Annual report of the Punjab Veterinary College and of the Civil Veterinary Department, Punjab - 1909-1919
Year: 1909
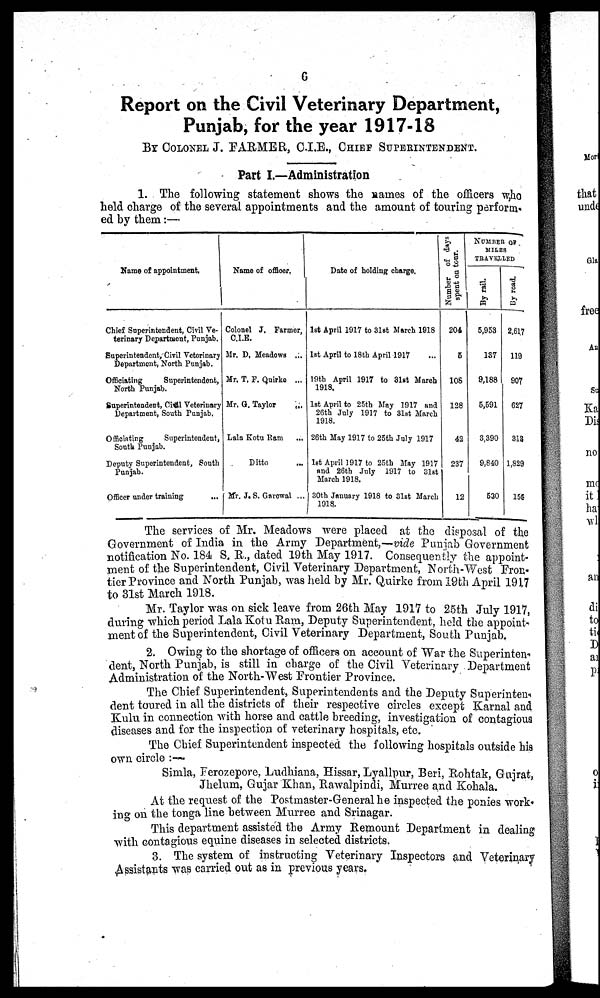
6
Report on the Civil Veterinary Department,
Punjab, for the year 1917-18
BY COLONEL J. FARMER, C.I.E., CHIEF SUPERINTENDENT.
Part I.—Administration
1. The following statement shows the names of the officers who
held charge of the several appointments and the amount of touring perform-
ed by them:—
Name of
appointment.
Chief Superintendent, Civil Ve-
terinary Department, Punjab.
Superintendent, Civil Veterinary
Department, North Punjab.
Officiating
Superintendent,
North Punjab.
Superintendent, Civil Veterinary
Department, South Punjab.
Officiating
Superintendent,
South Punjab.
Deputy Superintendent, South
Punjab.
Officer under training ...
Name of officer.
Colonel J. Farmer,
C.I.E.
Mr. D. Meadows ...
Mr. T. F. Quirke ...
Mr. Q. Taylor
...
Lala Kotu Ram ...
Ditto
MY. J.S. Garewal ...
Date of holding charge.
1st April 1917 to 31st March 1918
1st April to 18th April 1917
19th April 1917 to 31st March
1918.
1st April to 25th May 1917 and
26th July 1917 to 31st March
1918.
26th May 1917 to 25th July 1917
1st April 1917 to 25th May 1917
and 26th July 1917 to 31st
March 1918.
30th January 1918 to 31st March
1918.
Number of days
spent on tour.
204
5
108
128
42
237
12
NUMBER OF
MILES
TRAVELLED
By rail.
5,953
187
9,188
5,591
3,390
9,840
530
By road.
2,617
119
907
627
818
1,829
156
The services of Mr. Meadows were placed at the disposal of the
Government of India in the Army Department,—vide Punjab Government
notification No. 184 S. R., dated 19th May 1917. Consequently the appoint-
ment of the Superintendent, Civil Veterinary Department, North-West Fron-
tier Province and North Punjab, was held by Mr. Quirke from 19th April 1917
to 31st March 1918.
Mr. Taylor was on sick leave from 26th May 1917 to 25th July 1917,
during which period Lala Kotu Ram, Deputy Superintendent, held the appoint-
ment of the Superintendent, Civil Veterinary Department, South Punjab.
2. Owing to the shortage of officers on account of War the Superinten-
dent, North Punjab, is still in charge of the Civil Veterinary Department
Administration of the North-West Frontier Province.
The Chief Superintendent, Superintendents and the Deputy Superintend
dent toured in all the districts of their respective circles except Karnal and
Kulu in connection with horse and cattle breeding, investigation of contagious
diseases and for the inspection of veterinary hospitals, etc.
The Chief Superintendent inspected the following hospitals outside his
own circle :—
Simla, Ferozepore, Ludhiana, Hissar, Lyallpur, Beri, Rohtak, Gujrat,
Jhelum, Gujar Khan, Rawalpindi, Murree and Kohala.
At the request of the Postmaster-General he inspected the ponies work¬
ing on the tonga line between Murree and Srinagar.
This department assisted the Army Remount Department in dealing
with contagious equine diseases in selected districts.
3. The system of instructing Veterinary Inspectors and Veterinary
Assistants was carried out as in previous years.